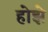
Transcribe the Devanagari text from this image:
होझे